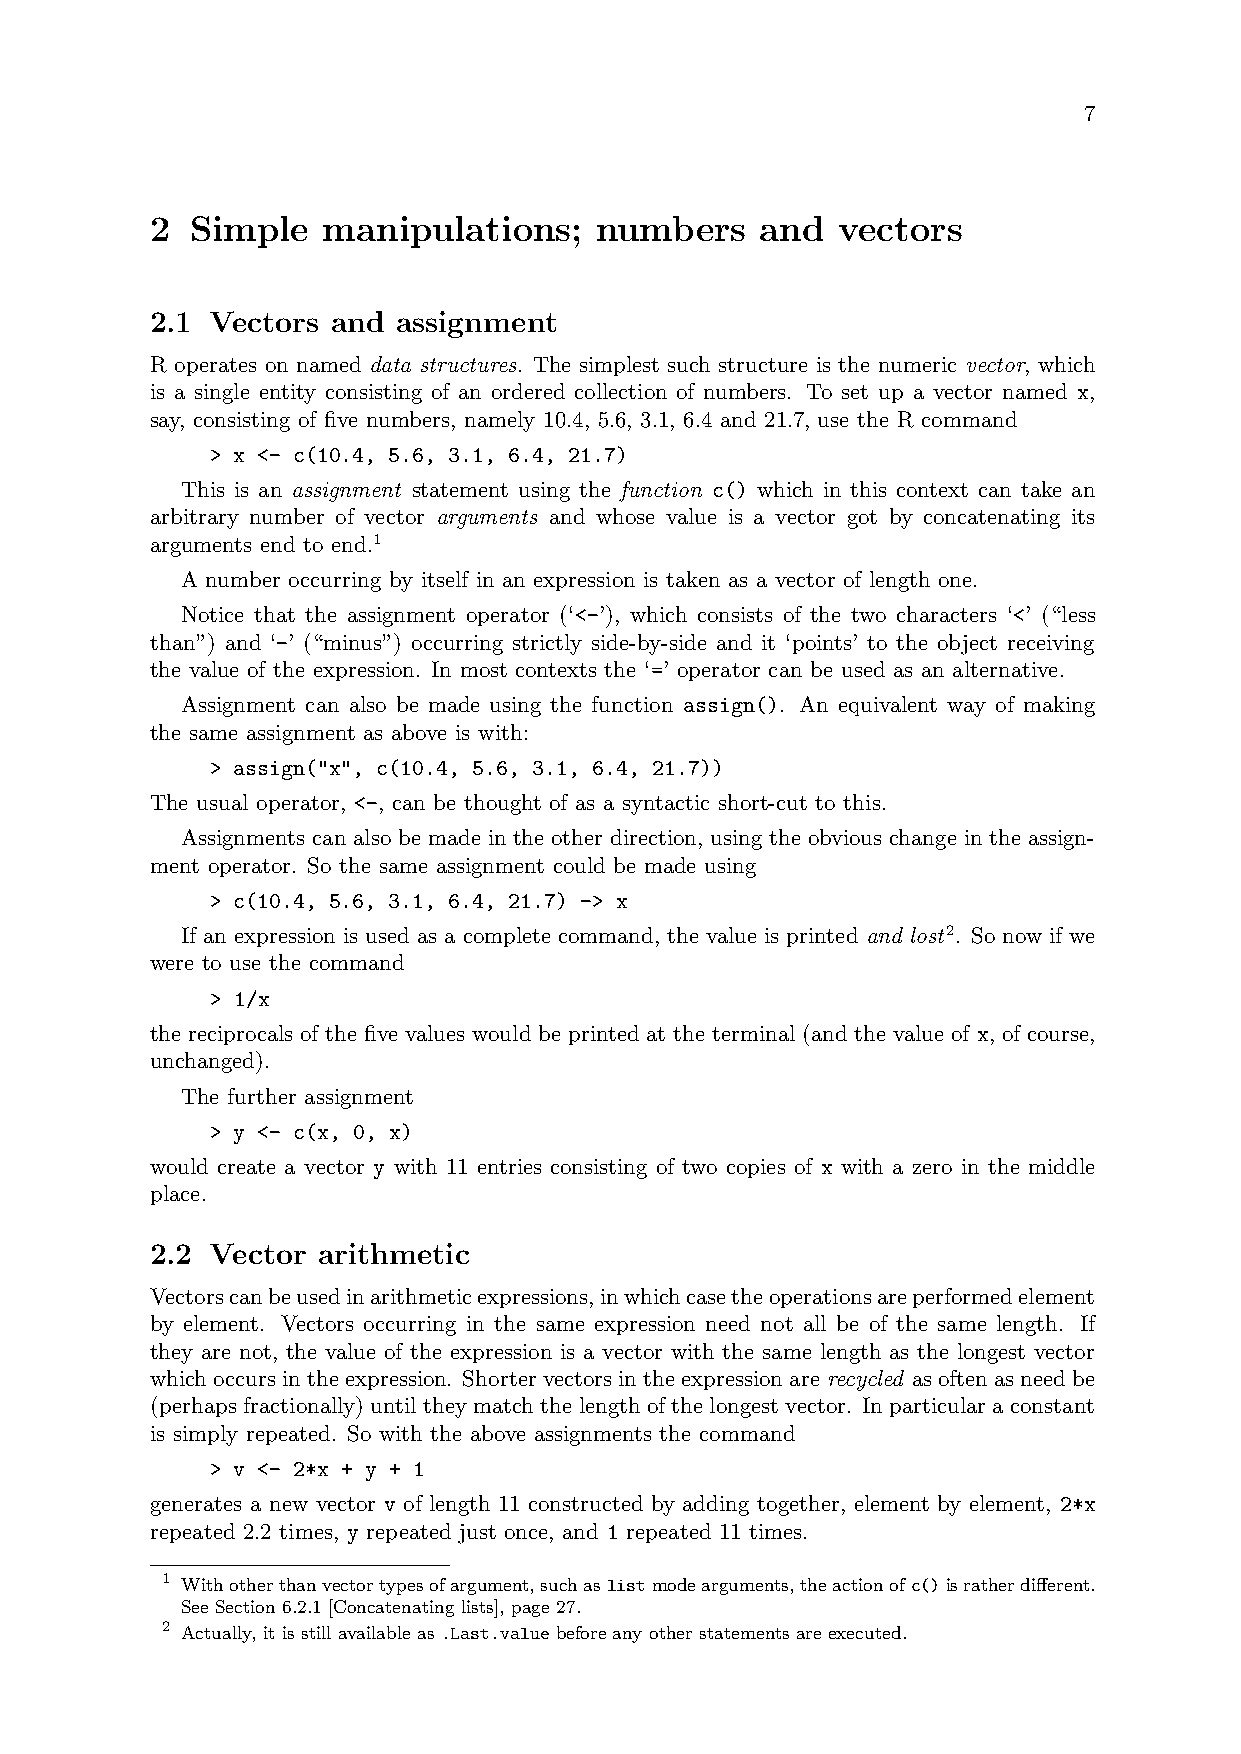
7
 2  Simple  manipulations;    numbers    and  vectors
 2.1 Vectors and assignment
 R operates on named data structures. The simplest such structure is the numeric vector, which
 is a single entity consisting of an ordered collection of numbers. To set up a vector named x,
 say, consisting of five numbers, namely 10.4, 5.6, 3.1, 6.4 and 21.7, use the R command
 > x <- c(10.4, 5.6, 3.1, 6.4, 21.7)
 This is an assignment statement using the function c() which in this context can take an
 arbitrary number of vector arguments and whose value is a vector got by concatenating its
 arguments end to end.1
 A number occurring by itself in an expression is taken as a vector of length one.
 Notice that the assignment operator (‘<-’), which consists of the two characters ‘<’ (“less
 than”) and ‘-’ (“minus”) occurring strictly side-by-side and it ‘points’ to the object receiving
 the value of the expression. In most contexts the ‘=’ operator can be used as an alternative.
 Assignment can also be made using the function assign(). An equivalent way of making
 the same assignment as above is with:
 > assign("x", c(10.4, 5.6, 3.1, 6.4, 21.7))
 The usual operator, <-, can be thought of as a syntactic short-cut to this.
 Assignments can also be made in the other direction, using the obvious change in the assign-
 ment operator. So the same assignment could be made using
 > c(10.4, 5.6, 3.1, 6.4, 21.7) -> x
 If an expression is used as a complete command, the value is printed and lost2. So now if we
 were to use the command
 > 1/x
 the reciprocals of the five values would be printed at the terminal (and the value of x, of course,
 unchanged).
 The further assignment
 > y <- c(x, 0, x)
 would create a vector y with 11 entries consisting of two copies of x with a zero in the middle
 place.
 2.2 Vector arithmetic
 Vectorscanbeusedinarithmeticexpressions,inwhichcasetheoperationsareperformedelement
 by element. Vectors occurring in the same expression need not all be of the same length. If
 they are not, the value of the expression is a vector with the same length as the longest vector
 whichoccursintheexpression. Shortervectorsintheexpressionarerecycled asoftenasneedbe
 (perhaps fractionally) until they match the length of the longest vector. In particular a constant
 is simply repeated. So with the above assignments the command
 > v <- 2*x + y + 1
 generates a new vector v of length 11 constructed by adding together, element by element, 2*x
 repeated 2.2 times, y repeated just once, and 1 repeated 11 times.
 1 Withotherthanvectortypesofargument,suchaslistmodearguments,theactionofc()isratherdifferent.
 See Section 6.2.1 [Concatenating lists], page 27.
 2 Actually, it is still available as .Last.value before any other statements are executed.